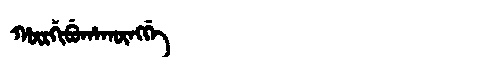
Manchu: ᡥᡡᡵᡤᡳᠪᡠᡥᠠᡴᡡᠩᡤᡝ
Romanization: HŪRGIBUHAKŪNGGE